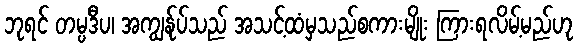
ဘုရင် တမ္ပဒီပ၊ အကျွန်ုပ်သည် အသင့်ထံမှသည်စကားမျိုး ကြားရလိမ့်မည်ဟု